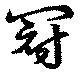
冠